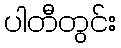
ပါတီတွင်း